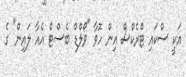
އަކީ ސްކައި ޓްރެކްސް އިން ހޮވާ "ވޯލްޑް ބެސްޓް އެއާ ލައިން" ގެ